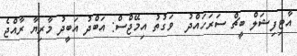
އާޓިފިޝަލް ބީޗް ސަރަހައްދު  ވަގުތު އިމޭޖްސް: އަބްދު އަބީދު މާރިޔާ ރާއްޖެ